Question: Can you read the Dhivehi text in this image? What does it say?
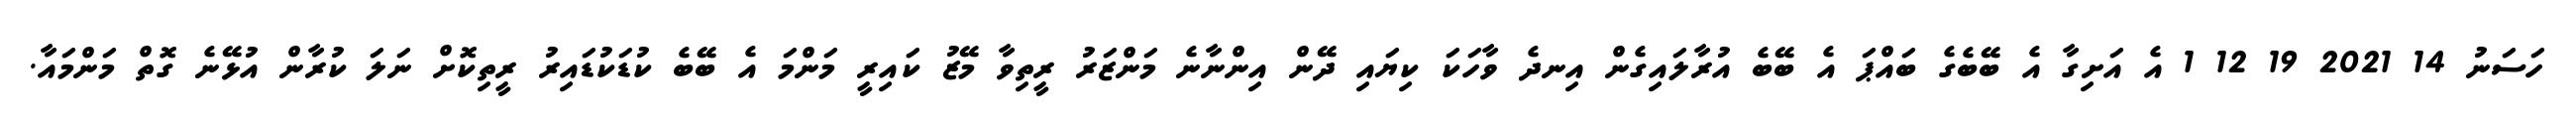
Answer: ހަސަނު 14 2021 19 12 1 އެ އަށިގާ އެ ބޭބެގެ ބައްޕަ އެ ބޭބެ އުރާލައިގެން އިނދެ ވާހަކަ ކިޔައި ދޭން އިންނާނެ މަންޒަރު ރީތިވާ މޭޒު ކައިރީ މަންމަ އެ ބޭބެ ކުޑަކުޑައިރު ރީތިކޮށް ނަލަ ކުރާން އުޅޭނެ ގޮތް މަންމައާ.